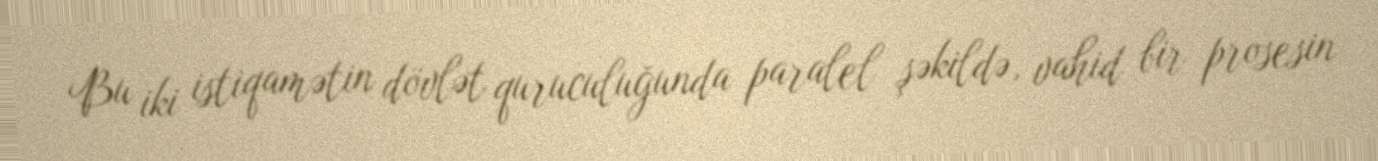
Bu iki istiqamətin dövlət quruculuğunda paralel şəkildə, vahid bir prosesin